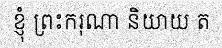
ខ្ញុំ ព្រះករុណា និយាយ ត